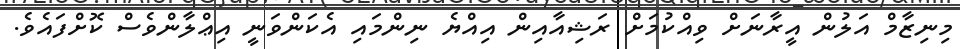
މިނިޒާމް އަލުން އީރާނަށް ވިއްކުމަށް ރަޝިއާއިން އިއްޔެ ނިންމައި އެކަންވަނީ އިޢްލާންވެސް ކޮށްފައެވެ.